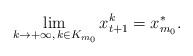
LaTeX: \begin{align*} \lim_{k \rightarrow +\infty,\, k \in K_{m_0}} x_{t+1}^k = x_{m_0}^*.\end{align*}